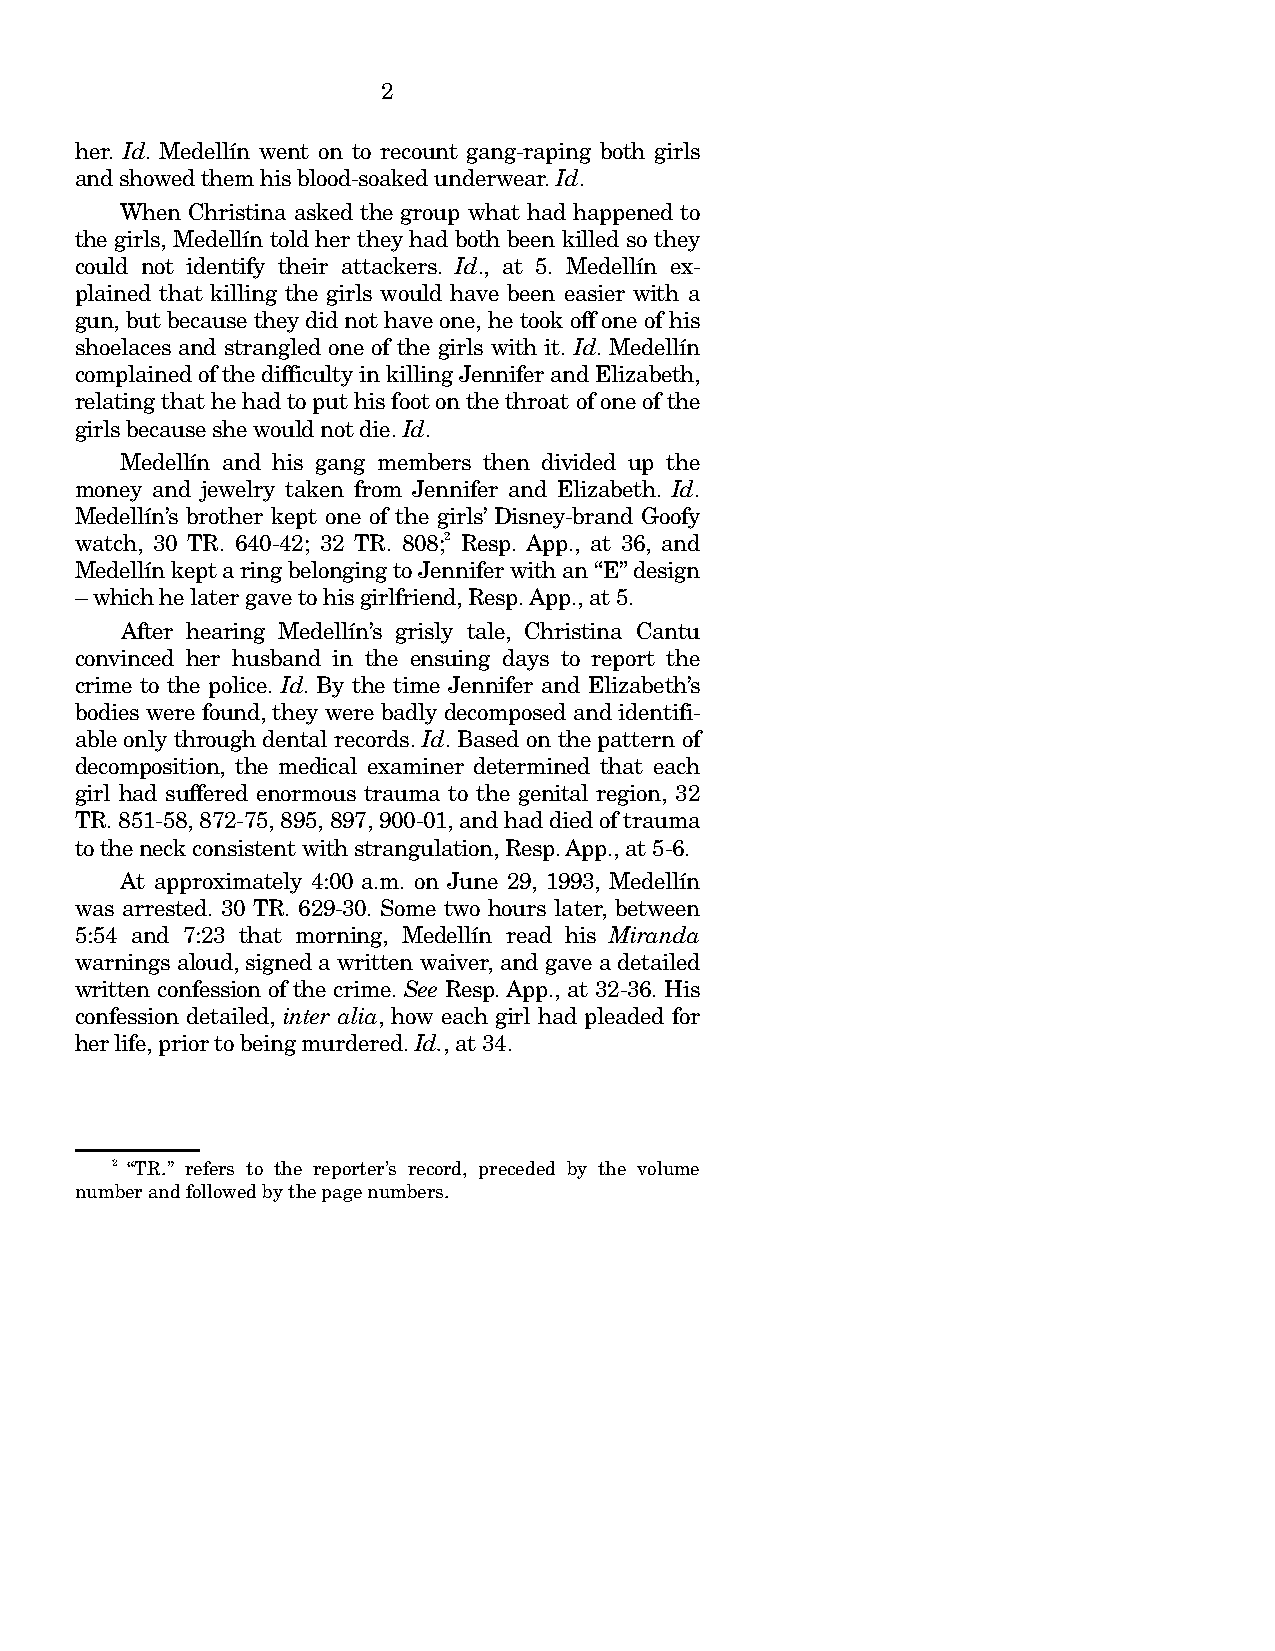
2
 her. Id. Medellín went on to recount gang-raping both girls
 and showed them his blood-soaked underwear. Id.
 When Christina asked the group what had happened to
 the girls, Medellín told her they had both been killed so they
 could not identify their attackers. Id., at 5. Medellín ex-
 plained that killing the girls would have been easier with a
 gun, but because they did not have one, he took off one of his
 shoelaces and strangled one of the girls with it. Id. Medellín
 complained of the difficulty in killing Jennifer and Elizabeth,
 relating that he had to put his foot on the throat of one of the
 girls because she would not die. Id.
 Medellín and his gang members then divided up the
 money and jewelry taken from Jennifer and Elizabeth. Id.
 Medellín’s brother kept one of the girls’ Disney-brand Goofy
 watch, 30 TR. 640-42; 32 TR. 808;2 Resp. App., at 36, and
 Medellín kept a ring belonging to Jennifer with an “E” design
 – which he later gave to his girlfriend, Resp. App., at 5.
 After hearing Medellín’s grisly tale, Christina Cantu
 convinced her husband in the ensuing days to report the
 crime to the police. Id. By the time Jennifer and Elizabeth’s
 bodies were found, they were badly decomposed and identifi-
 able only through dental records. Id. Based on the pattern of
 decomposition, the medical examiner determined that each
 girl had suffered enormous trauma to the genital region, 32
 TR. 851-58, 872-75, 895, 897, 900-01, and had died of trauma
 to the neck consistent with strangulation, Resp. App., at 5-6.
 At approximately 4:00 a.m. on June 29, 1993, Medellín
 was arrested. 30 TR. 629-30. Some two hours later, between
 5:54 and 7:23 that morning, Medellín read his Miranda
 warnings aloud, signed a written waiver, and gave a detailed
 written confession of the crime. See Resp. App., at 32-36. His
 confession detailed, inter alia, how each girl had pleaded for
 her life, prior to being murdered. Id., at 34.
 2 “TR.” refers to the reporter’s record, preceded by the volume
 number and followed by the page numbers.